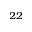
^ { 2 2 }